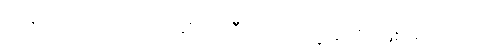
ဝင်စားတဲ့ လူကတော့ဆိုရင် ဒီကလေးရဲ့အဘိုး ဖြစ်မယ်ပေါ့။